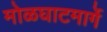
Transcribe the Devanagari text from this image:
मोळघाटमार्गे